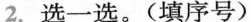
2.选一选。(填序号)